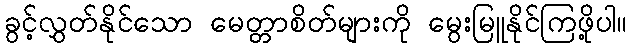
ခွင့်လွှတ်နိုင်သော မေတ္တာစိတ်များကို မွေးမြူနိုင်ကြဖို့ပါ။